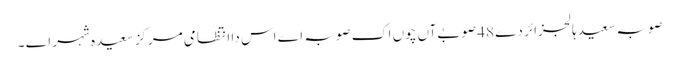
صوبہ سعیدہالجزائر دے 48 صوبےآں چوں اک صوبہ اے اس دا انتظامی مرکز سعیدہ شہر اے ۔